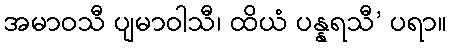
အမာဝသီ ပျမာဝါသီ၊ ထိယံ ပန္နရသီ’ ပရာ။